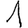
Digit: 1